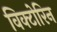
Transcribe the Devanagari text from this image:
विक्टोरिन